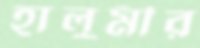
হালুমীর